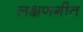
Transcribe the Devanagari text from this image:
लक्षणगीत